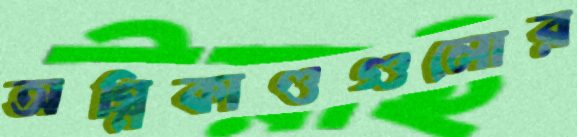
অগ্নিকাণ্ডগুলোর